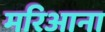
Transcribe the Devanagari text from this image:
मरिआना